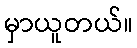
မှာယူတယ်။